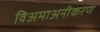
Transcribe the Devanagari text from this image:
विअमाअनीकरण